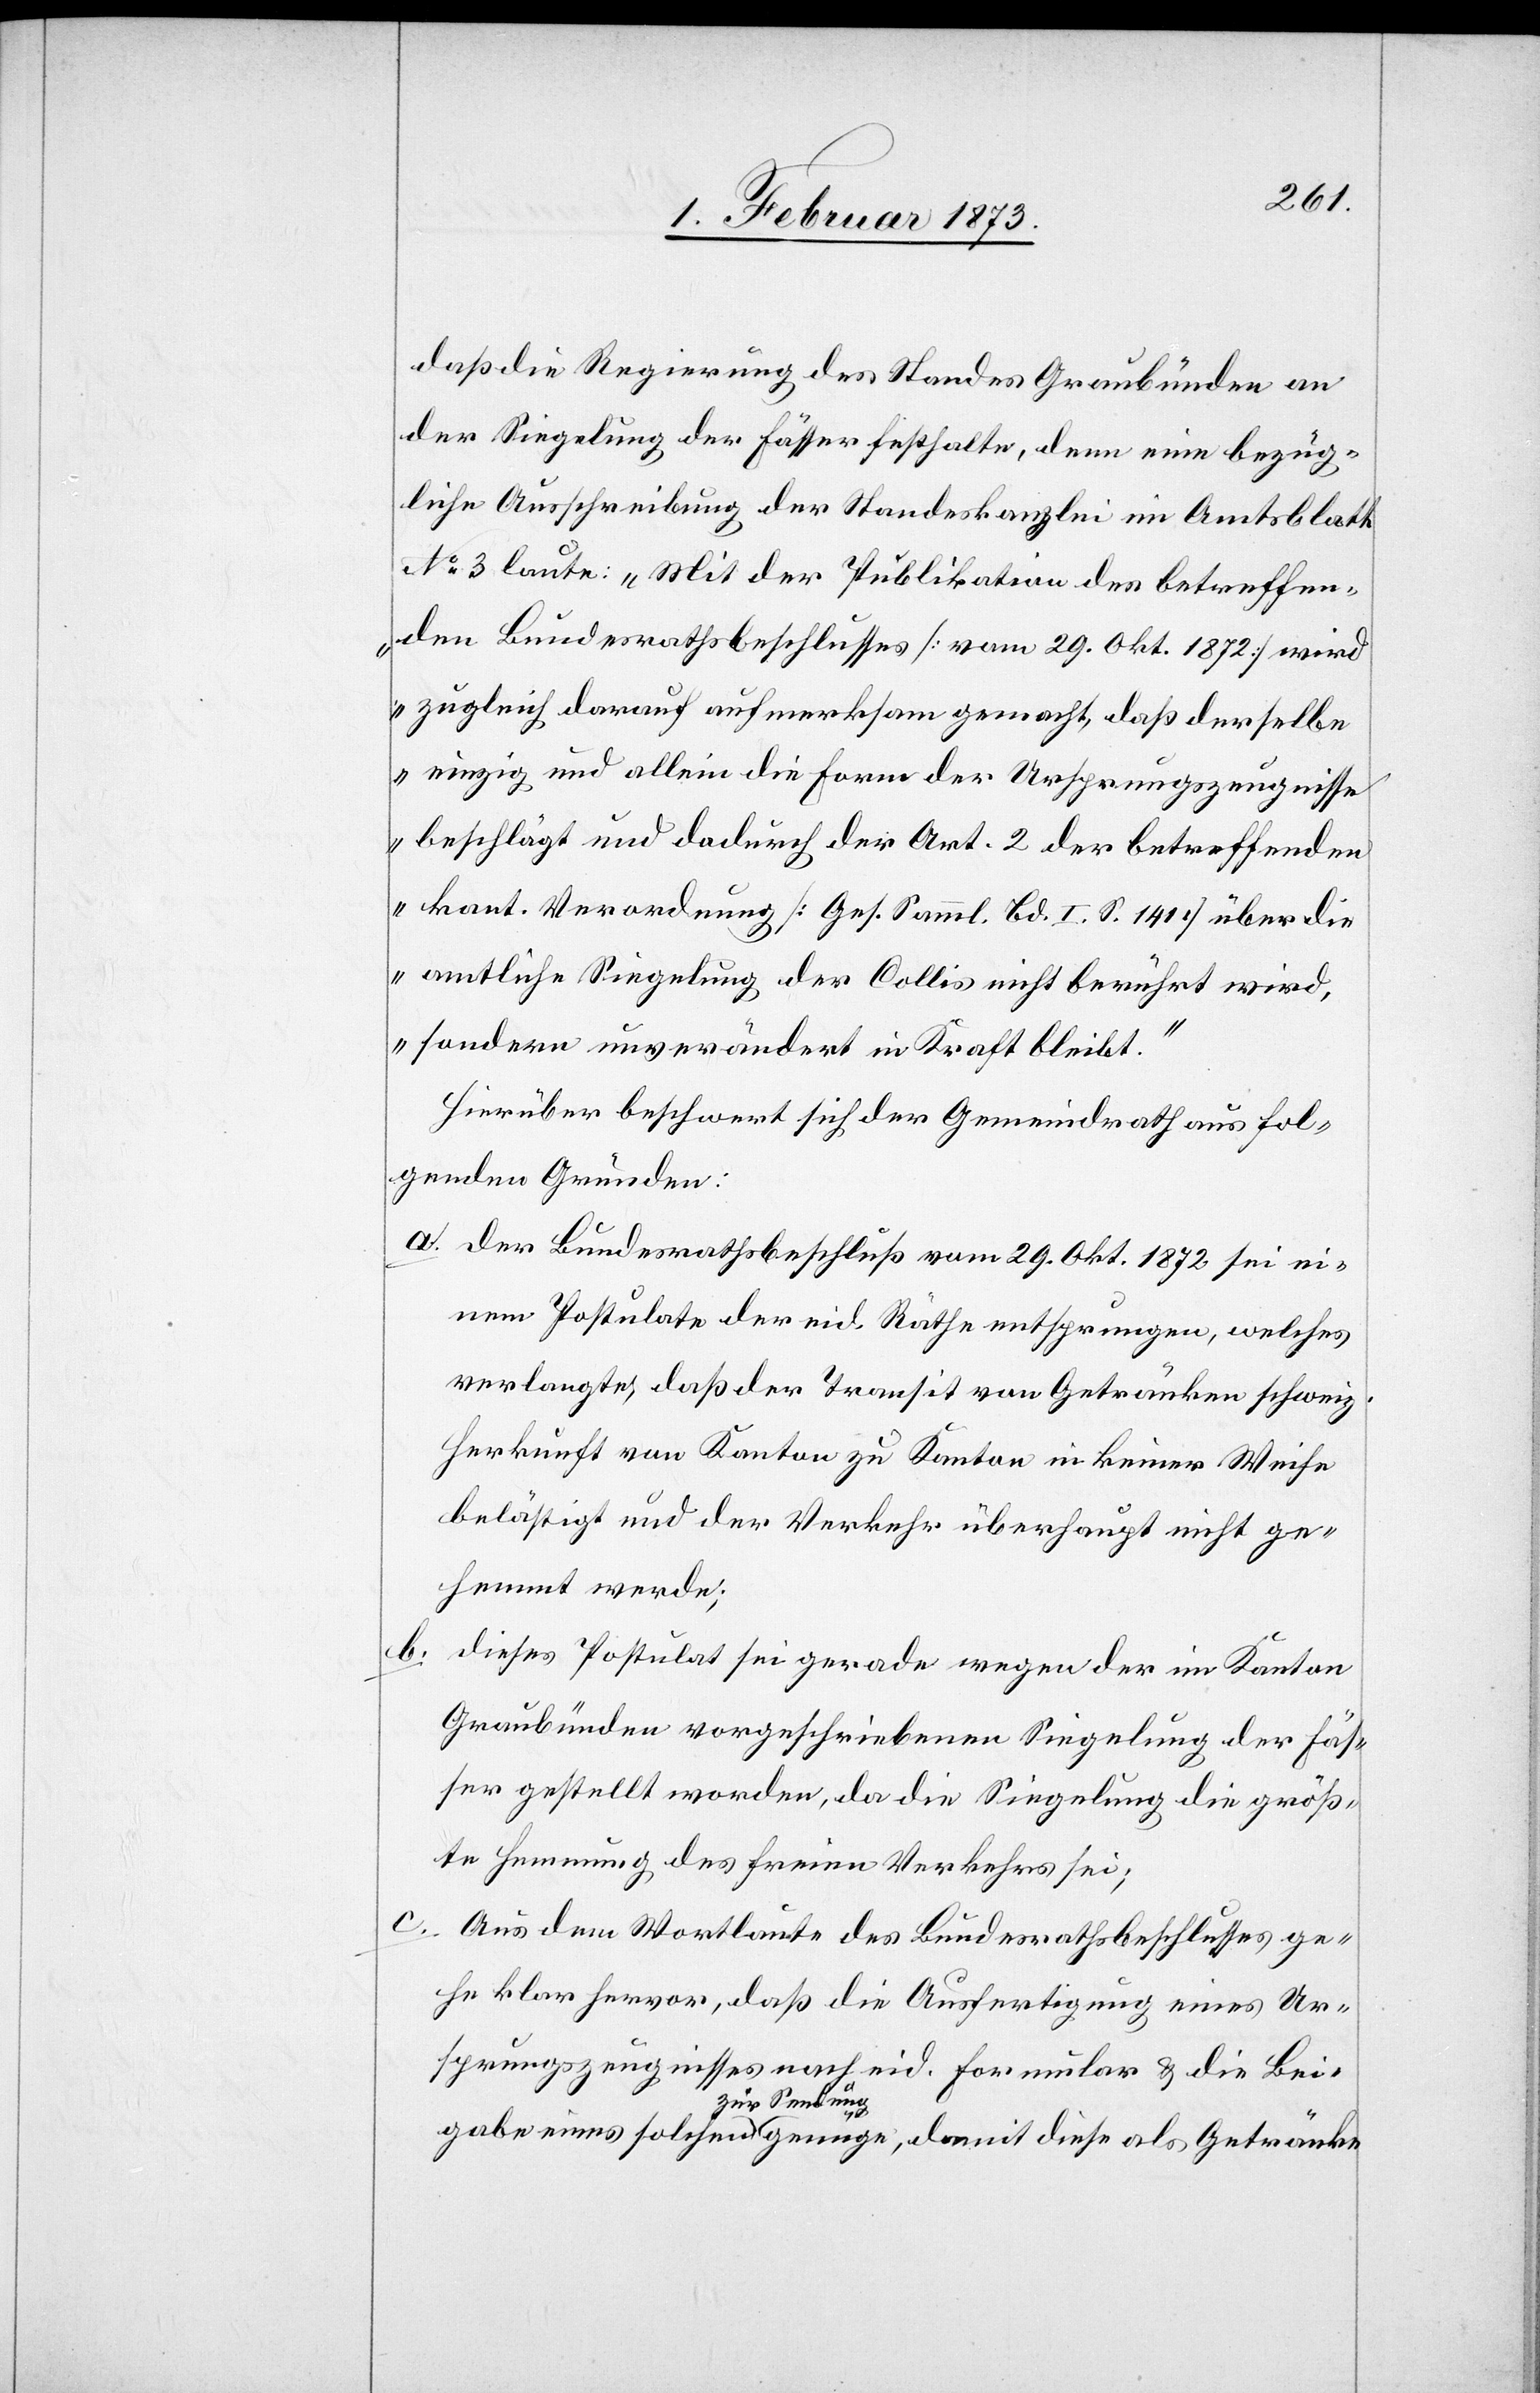
daß die Regierung des Standes Graubünden an
der Siegelung der Fässer festhalte, dem eine bezüg¬
liche Ausschreibung der Standeskanzlei im Amtsblatt
No. 3 laute: „Mit der Publikation des betreffen¬
den Bundesrathsbeschlusses [vom 29. Okt. 1872] wird
zugleich darauf aufmerksam gemacht, daß derselbe
einzig und allein die Form der Ursprungszeugnisse
beschlägt und dadurch der Art. 2 der betreffenden
kant. Verordnung [Ges. Samml. Bd. I. S. 141] über die
amtliche Siegelung der Collis nicht berührt wird,
sondern unverändert in Kraft bleibt.“
Hierüber beschwert sich der Gemeindrath aus fol¬
genden Gründen:
a. der Bundesrathsbeschluß vom 29. Okt. 1872 sei ei¬
nem Postulate der eid. Räthe entsprungen, welches
verlangte, daß der Transit von Getränken schweiz.
Herkunft von Kanton zu Kanton in keiner Weise
belästigt und der Verkehr überhaupt nicht ge¬
hemmt werde;
b. Aus dem Wortlaute des Bundesrathsbeschlusses ge¬
he klar hervor, daß die Ausfertigung eines Ur¬
sprungszeugnisses nach eid. Formular u. die Bei¬
gabe eines solchen zur Sendung genüge, damit diese als Getränke